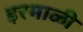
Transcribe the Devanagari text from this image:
इरमाळी